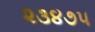
૨૩૪૭૫